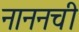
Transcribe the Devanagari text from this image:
नाननची